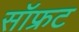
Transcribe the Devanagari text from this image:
सॉफ्रट